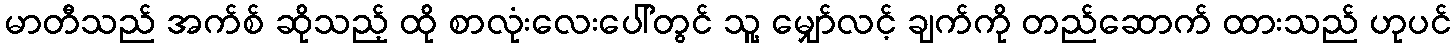
မာတီသည် အက်စ် ဆိုသည့် ထို စာလုံးလေးပေါ်တွင် သူ့ မျှော်လင့် ချက်ကို တည်ဆောက် ထားသည် ဟုပင်